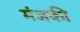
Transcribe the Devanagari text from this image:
मंजकी